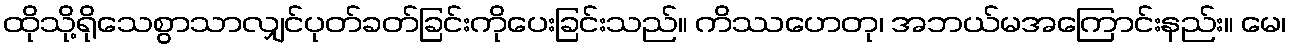
ထိုသို့ရိုသေစွာသာလျှင်ပုတ်ခတ်ခြင်းကိုပေးခြင်းသည်။ ကိဿဟေတု၊ အဘယ်မအကြောင်းနည်း။ မေ၊